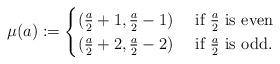
LaTeX: \begin{align*}\mu(a):=\begin{cases} (\frac{a}{2}+1, \frac{a}{2}-1) & \mbox{ if $\frac{a}{2}$ is even}\\ (\frac{a}{2}+2, \frac{a}{2}-2) & \mbox{ if $\frac{a}{2}$ is odd}. \end{cases}\end{align*}